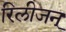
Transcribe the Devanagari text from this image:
रिलीजन्